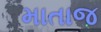
માતાજ